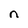
Character: n